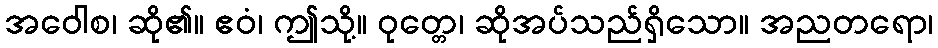
အဝေါစ၊ ဆို၏။ ဧဝံ၊ ဤသို့။ ဝုတ္တေ၊ ဆိုအပ်သည်ရှိသော။ အညတရော၊